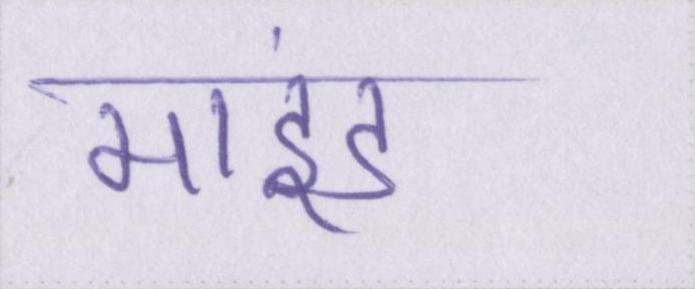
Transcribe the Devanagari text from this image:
माइंड